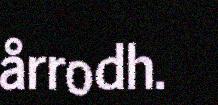
årrodh.